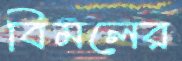
বিমলের